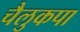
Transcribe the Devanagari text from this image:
चैलुकपा